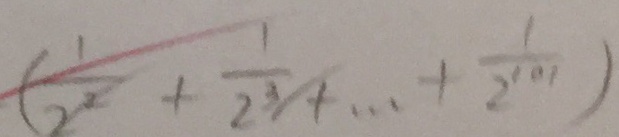
( \frac { 1 } { 2 ^ { 2 } } + \frac { 1 } { 2 ^ { 3 } } + \cdots + \frac { 1 } { 2 ^ { 1 0 1 } } )